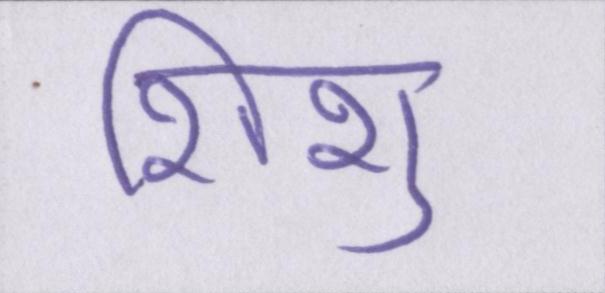
शिशु